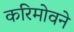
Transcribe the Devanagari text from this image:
करिमोवने